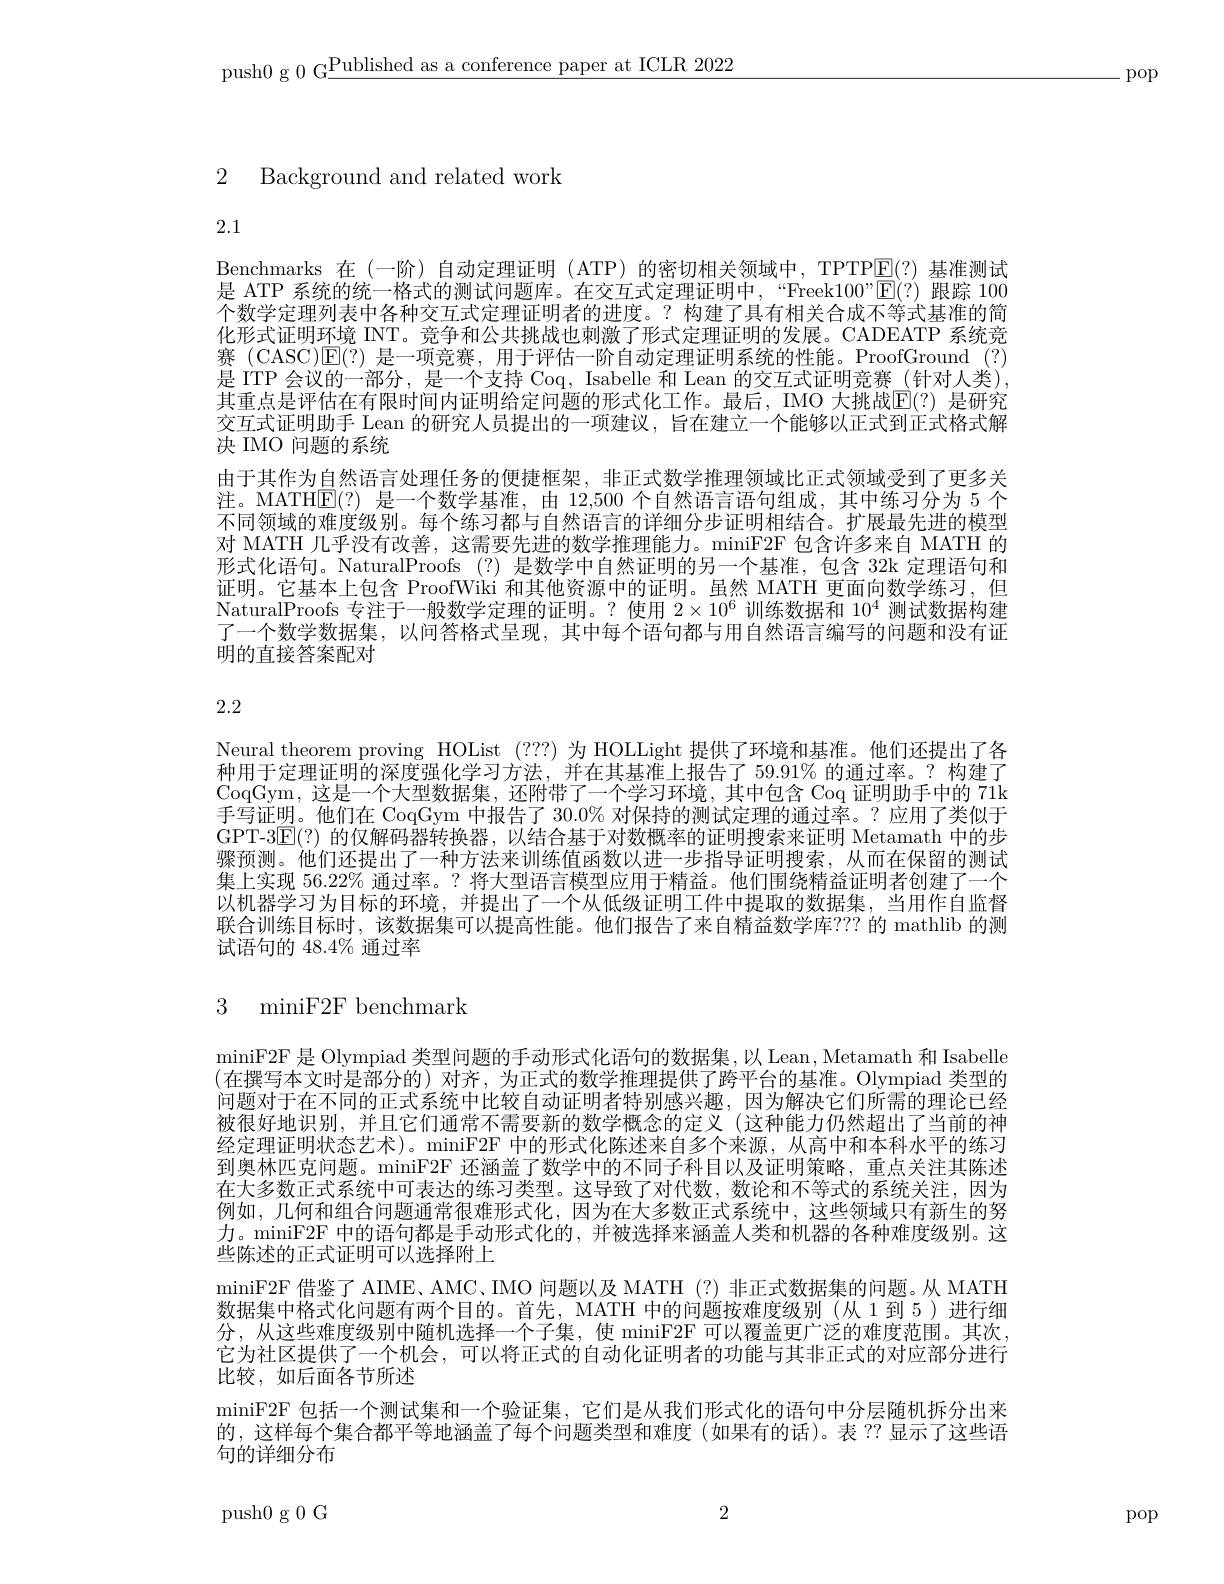
push0 g 0 G$\underline\text{Published as a conference paper at ICLR 2022}$

.pop

# 2 Background and related work

2.1

Benchmarks 在(一阶)自动定理证明 (ATP)的密切相关领域中，TPTP$\boxed{\mathrm{E}}(?)$基准测试是 ATP 系统的统一格式的测试问题库。在交互式定理证明中，“Freek100”$\operatorname{E}(?)$跟踪 100个数学定理列表中各种交互式定理证明者的进度。? 构建了具有相关合成不等式基准的简化形式证明环境 INT。竞争和公共挑战也刺激了形式定理证明的发展。CADEATP 系统竞赛 (CASC)$\mathsf{E}(?)$是一项竞赛，用于评估一阶自动定理证明系统的性能。ProofGround (?) 是 ITP 会议的一部分，是一个支持 Coq, Isabelle 和 Lean 的交互式证明竞赛 (针对人类), 其重点是评估在有限时间内证明给定问题的形式化工作。最后，IMO 大挑战$\overline{\mathbb{E}}(?)$ 是研究交互式证明助手 Lean 的研究人员提出的一项建议，旨在建立一个能够以正式到正式格式解决 IMO 问题的系统
由于其作为自然语言处理任务的便捷框架，非正式数学推理领域比正式领域受到了更多关注。MATH$\boxed{\mathrm{E}}(?)$是一个数学基准，由 12,500 个自然语言语句组成，其中练习分为 5 个不同领域的难度级别。每个练习都与自然语言的详细分步证明相结合。扩展最先进的模型对 MATH 几乎没有改善，这需要先进的数学推理能力。miniF2F 包含许多来自 MATH 的形式化语句。NaturalProofs (?)是数学中自然证明的另一个基准，包含 32k 定理语句和证明。它基本上包含 ProofWiki 和其他资源中的证明。虽然 MATH 更面向数学练习，但NaturalProofs 专注于一般数学定理的证明。? 使用$2\times10^6$训练数据和$10^4$测试数据构建了一个数学数据集，以问答格式呈现，其中每个语句都与用自然语言编写的问题和没有证明的直接答案配对

# 2.2

Neural theorem proving HOList (???) 为 HOLLight 提供了环境和基准。他们还提出了各种用于定理证明的深度强化学习方法，并在其基准上报告了 59.91% 的通过率。? 构建了CoqGym,这是一个大型数据集，还附带了一个学习环境，其中包含 Coq 证明助手中的 71k 手写证明。他们在 CoqGym 中报告了 30.0% 对保持的测试定理的通过率。?应用了类似于GPT-3$\overline{\mathrm{E}}(?)$的仅解码器转换器，以结合基于对数概率的证明搜索来证明 Metamath 中的步骤预测。他们还提出了一种方法来训练值函数以进一步指导证明搜索，从而在保留的测试集上实现 56.22% 通过率。? 将大型语言模型应用于精益。他们围绕精益证明者创建了一个以机器学习为目标的环境，并提出了一个从低级证明工件中提取的数据集，当用作自监督联合训练目标时，该数据集可以提高性能。他们报告了来自精益数学库？?? 的 mathlib 的测试语句的 48.4% 通过率

## 3 miniF2F benchmark

miniF2F 是 Olympiad 类型问题的手动形式化语句的数据集，以 Lean , Metamath 和 Isabelle (在撰写本文时是部分的)对齐，为正式的数学推理提供了跨平台的基准。Olympiad 类型的问题对于在不同的正式系统中比较自动证明者特别感兴趣，因为解决它们所需的理论已经被很好地识别，并且它们通常不需要新的数学概念的定义(这种能力仍然超出了当前的神经定理证明状态艺术)。miniF2F 中的形式化陈述来自多个来源，从高中和本科水平的练习到奥林匹克问题。miniF2F 还涵盖了数学中的不同子科目以及证明策略，重点关注其陈述在大多数正式系统中可表达的练习类型。这导致了对代数，数论和不等式的系统关注，因为例如，几何和组合问题通常很难形式化，因为在大多数正式系统中，这些领域只有新生的努力。miniF2F 中的语句都是手动形式化的，并被选择来涵盖人类和机器的各种难度级别。这些陈述的正式证明可以选择附上
miniF2F 借鉴了 AIME、AMC、IMO 问题以及 MATH (?) 非正式数据集的问题。从 MATH 数据集中格式化问题有两个目的。首先，MATH 中的问题按难度级别(从 1 到 5)进行细分，从这些难度级别中随机选择一个子集，使 miniF2F 可以覆盖更广泛的难度范围。其次它为社区提供了一个机会，可以将正式的自动化证明者的功能与其非正式的对应部分进行比较，如后面各节所述
miniF2F 包括一个测试集和一个验证集，它们是从我们形式化的语句中分层随机拆分出来的，这样每个集合都平等地涵盖了每个问题类型和难度(如果有的话)。表 ?? 显示了这些语句的详细分布

2

push0g0G

pop